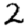
Digit: 2